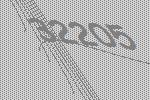
32205